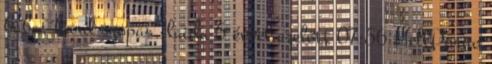
baba, hard szopas, laida 5 évvel ezelőtt 07:56 HellPorno